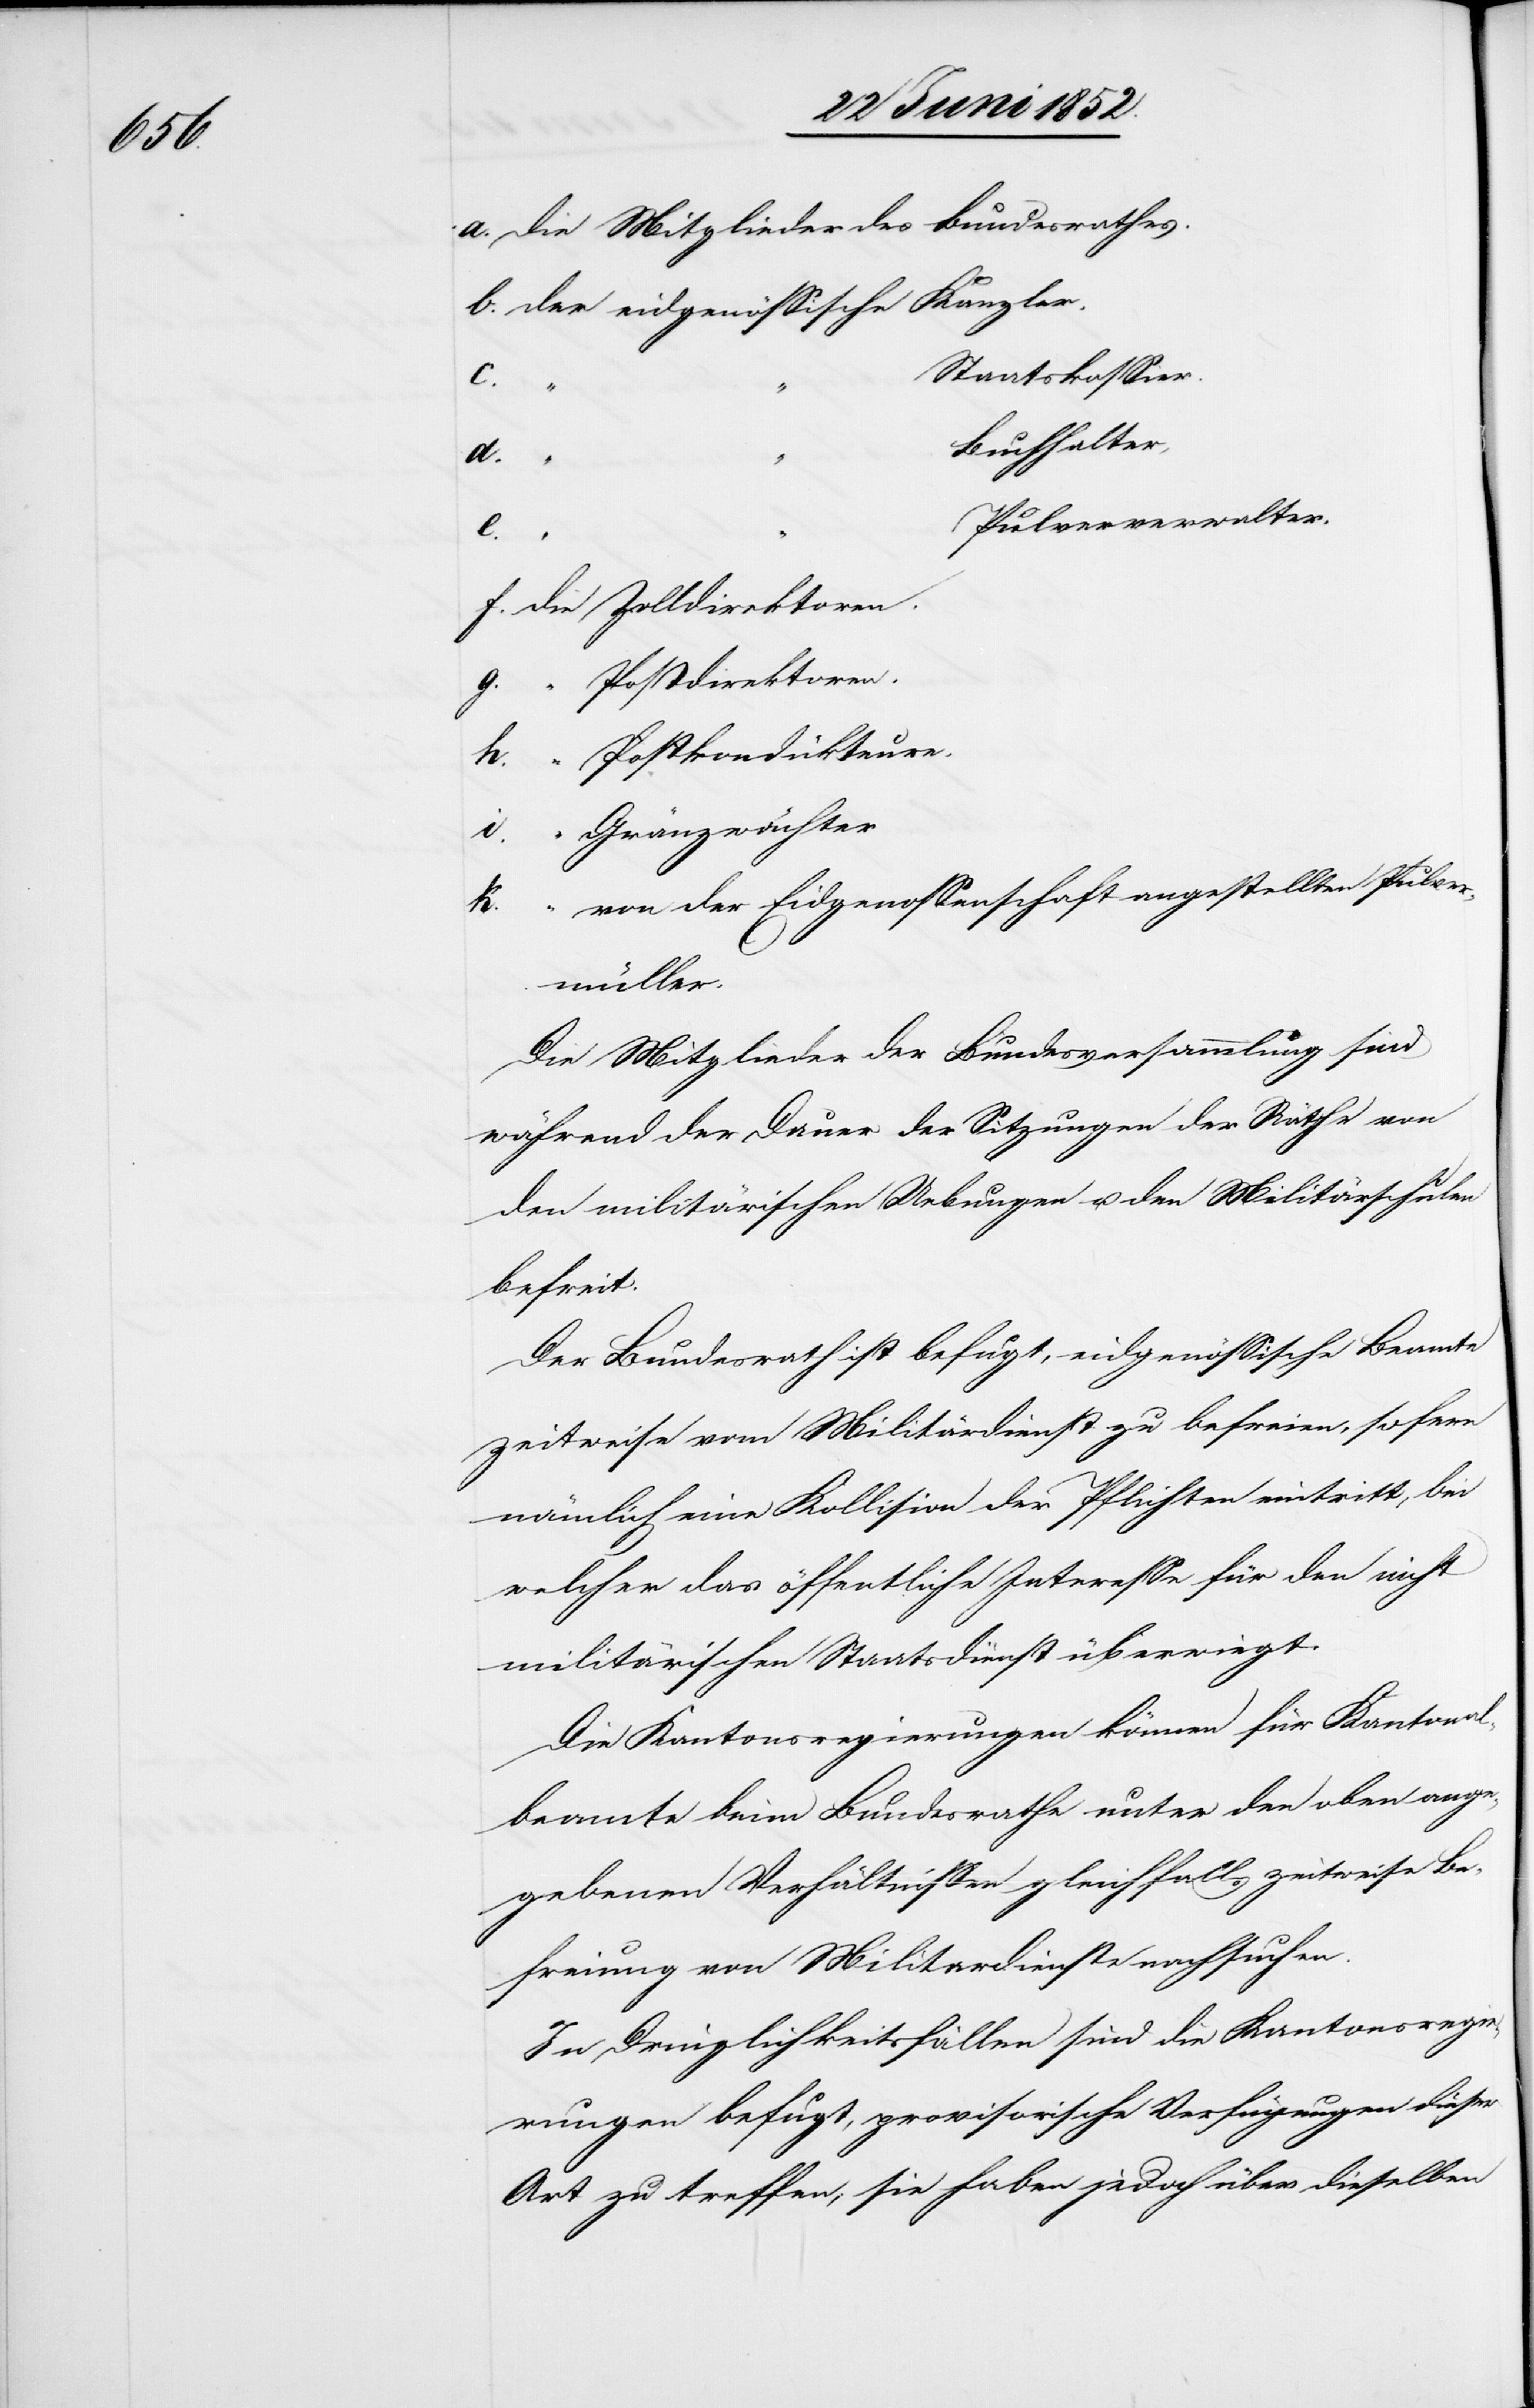
die Mitglieder des Bundesrathes.
der eidgenössische Kanzler.
Staatskassier.
d.
“ “
Buchhalter,
e.
“
Pulververwalter.
f.
die Zolldirektoren.
“ Postdirektoren.
“ Postkondükteure.
“ Gränzwächter
von der Eidgenossenschaft angestellten Pulver¬
k.
müller.
Die Mitglieder der Bundesversammlung sind
während der Dauer der Sitzungen der Räthe von
den militärischen Uebungen u. den Militärschulen
befreit.
Der Bundesrath ist befugt, eidgenössische Beamte
zeitweise vom Militärdienst zu befreien, sofern
nämlich eine Kollision der Pflichten eintritt, bei
welcher das öffentliche Interesse für den nicht
militärischen Staatsdienst überwiegt.
Die Kantonsregierungen können für Kantonal¬
beamte beim Bundesrathe unter den oben ange¬
gebenen Verhältnissen gleichfalls zeitweise Be¬
freiung von [sic!] Militärdienste nachsuchen.
In Dringlichkeitsfällen sind die Kantonsregi¬
erungen befugt, provisorische Verfügungen dieser
Art zu treffen; sie haben jedoch über dieselben